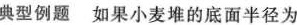
典型例题如果小麦堆的底面半径为